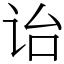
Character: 诒